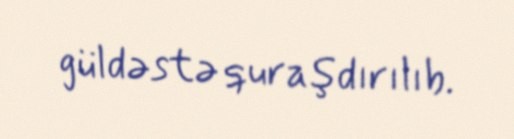
güldəstə quraşdırılıb.